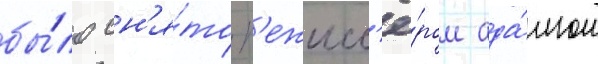
бы́ло сн'я́то р'ежисс'ё́ром ада́мом